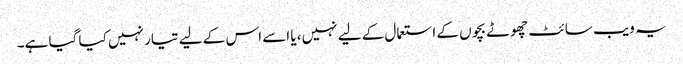
یہ ویب سائٹ چھوٹے بچوں کے استعمال کے لیے نہیں، یا اسے اس کے لیے تیار نہیں کیا گیا ہے۔